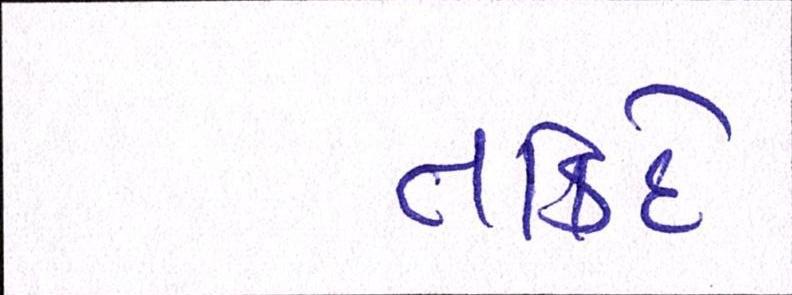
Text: તાકિદે